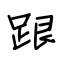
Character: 跟